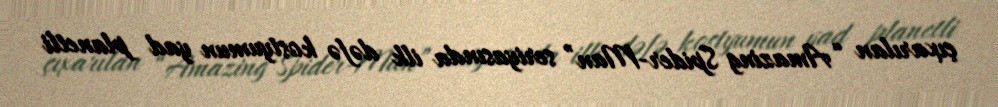
çıxarılan “Amazing Spider-Man” seriyasında ilk dəfə kostyumun yad planetli